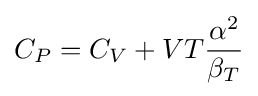
C_{P}=C_{V}+VT{\frac {\alpha ^{2}}{\beta _{T}}}